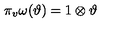
\pi _ { v } \omega ( \vartheta ) = 1 \otimes \vartheta